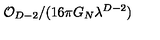
\mathcal { O } _ { D - 2 } / ( 1 6 \pi G _ { N } \lambda ^ { D - 2 } )